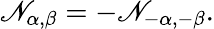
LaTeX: \mathscr{N}_{\alpha,\beta}=-\mathscr{N}_{-\alpha,-\beta}.